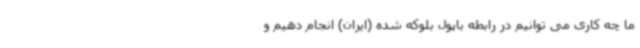
ما چه کاری می توانیم در رابطه باپول بلوکه شده (ایران) انجام دهیم و